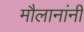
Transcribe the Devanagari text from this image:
मौलानांनी